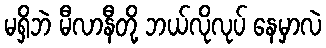
မရှိဘဲ မီလာနီတို့ ဘယ်လိုလုပ် နေမှာလဲ